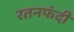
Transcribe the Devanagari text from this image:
रतनफंदी